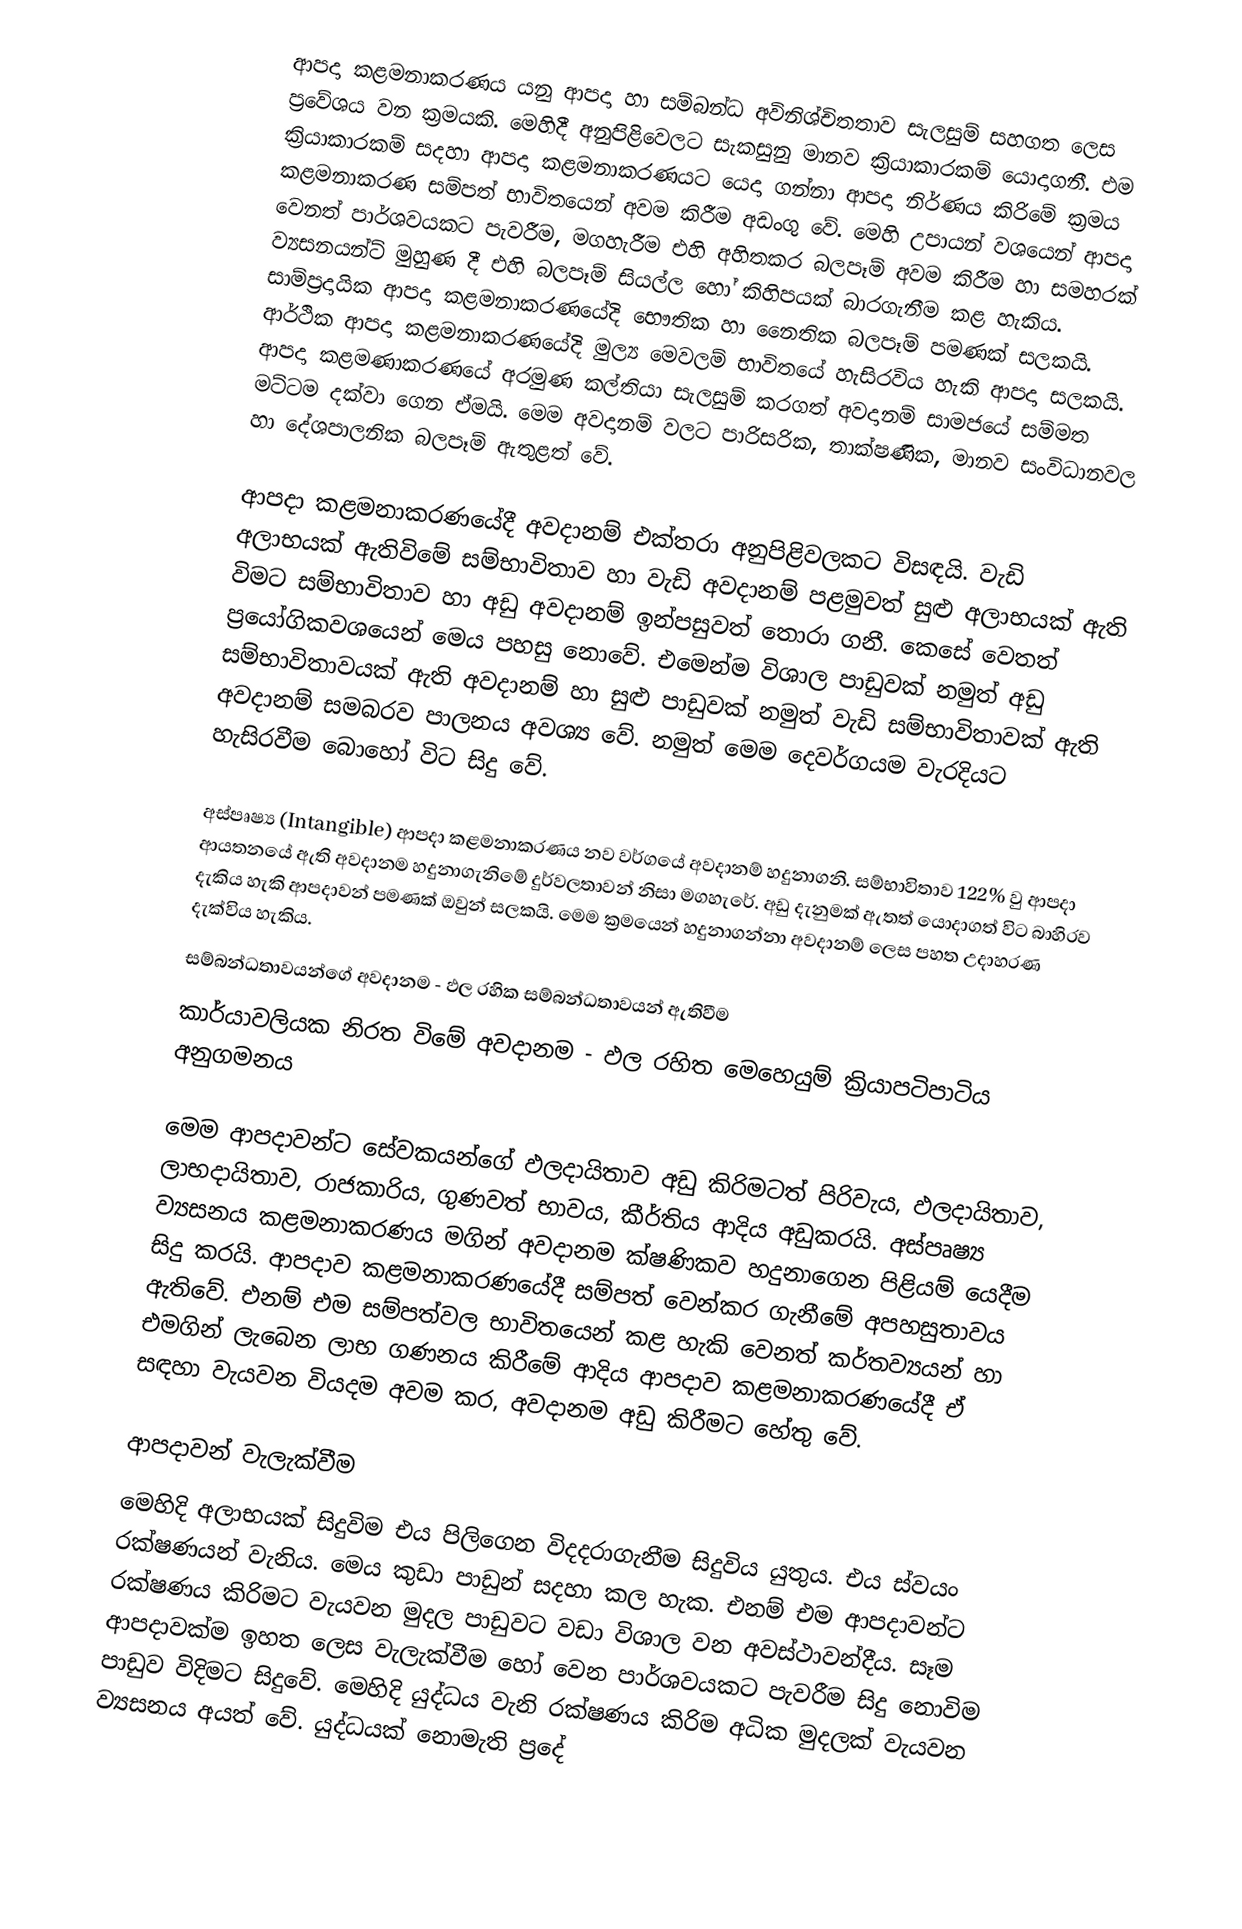
ආපදා‍ කළමනාකරණය යනු ආපදා‍ හා සම්බන්ධ අවිනිශ්චිතතාව සැලසුම් සහගත ලෙස ප්‍රවේශය වන ක්‍රමයකි. මෙහිදී අනුපිළිවෙලට සැකසුනු මානව ක්‍රියාකාරකම් යොදාගනී. එම ක්‍රියාකාරකම් සදහා ආපදා‍ කළමනාකරණයට යෙදා ගන්නා ආපදා‍ නිර්ණය කිරිමේ ක්‍රමය කළමනාකරණ සම්පත් භාවිතයෙන් අවම කිරීම අඩංගු වේ. මෙහි උපායන් වශයෙන් ආපදා‍ වෙනත් පාර්ශවයකට පැවරීම, මගහැරීම එහි අහිතකර බලපෑම් අවම කිරීම හා සමහරක් ව්‍යසනයන්ට් මුහුණ දී එහි බලපෑම් සියල්ල හෝ කිහිපයක් බාරගැනීම කළ හැකිය. සාම්ප්‍රදායික ආපදා‍ කළමනාකරණයේදි භෞතික හා නෛතික බලපෑම් පමණක් සලකයි. ආර්ථික ආපදා‍ කළමනාකරණයේදි මුල්‍ය මෙවලම් භාවිතයේ හැසිරවිය හැකි ආපදා‍ සලකයි. ආපදා‍ කළමණාකරණයේ අරමුණ කල්තියා සැලසුම් කරගත් අවදානම් සාමජයේ සම්මත මට්ටම දක්වා ගෙන ඒමයි. මෙම අවදානම් වලට පාරිසරික, තාක්ෂණික, මානව සංවිධානවල හා දේශපාලනික බලපෑම් ඇතුළත් වේ.

ආපදා‍ කළමනාකරණයේදී අවදානම් එක්තරා අනුපිළිවලකට විසඳයි. වැඩි අලාභයක් ඇතිවිමේ සම්භාවිතාව හා වැඩි අවදානම් පළමුවත් සුළු අලාභයක්  ඇති විමට සම්භාවිතාව හා අඩු අවදානම් ඉන්පසුවත් තොරා ගනී. කෙසේ වෙතත් ප්‍රයෝගිකවශයෙන් මෙය පහසු නොවේ. එමෙන්ම විශාල පාඩුවක් නමුත් අඩු සම්භාවිතාවයක් ඇති අවදානම් හා සුළු පාඩුවක් නමුත් වැඩි සම්භාවිතාවක් ඇති  අවදානම් සමබරව පාලනය අවශ්‍ය වේ. නමුත් මෙම දෙවර්ගයම වැරදියට හැසිරවීම බොහෝ විට සිදු වේ.

අස්පෘෂ්‍ය (Intangible) ආපදා‍ කළමනාකරණය නව වර්ගයේ අවදානම් හදුනාගනි. සම්භාවිතාව 122% වු ආපදා‍ ආයතනයේ ඇති අවදානම හදුනාගැනිමේ දුර්වලතාවන් නිසා මගහැරේ. අඩු දැනුමක් ඇතත් යොදාගත් විට බාහිරව දැකිය හැකි ආපදා‍වන් පමණක් ඔවුන් සලකයි. මෙම ක්‍රමයෙන් හදුනාගන්නා අවදානම් ලෙස පහත උදාහරණ දැක්විය හැකිය.
සම්බන්ධතාවයන්ගේ අවදානම    -    ඵල රහික සම්බන්ධතාවයන් ඇතිවීම
කාර්යාවලියක නිරත විමේ අවදානම    -    ඵල රහිත මෙහෙයුම් ක්‍රියාපටිපාටිය අනුගමනය

මෙම ආපදා‍වන්ට සේවකයන්ගේ ඵලදායිතාව අඩු කිරිමටත් පිරිවැය, ඵලදායිතාව, ලාභදායිතාව, රාජකාරිය, ගුණවත් භාවය, කීර්තිය ආදිය අඩුකරයි. අස්පෘෂ්‍ය ව්‍යසනය කළමනාකරණය මගින් අවදානම ක්ෂණිකව හදුනාගෙන පිළියම් යෙදීම සිදු කරයි. ආපදා‍ව කළමනාකරණයේදී සම්පත් වෙන්කර ගැනීමේ අපහසුතාවය ඇතිවේ. එනම් එම සම්පත්වල භාවිතයෙන් කළ හැකි වෙනත් කර්තව්‍යයන් හා එමගින් ලැබෙන ලාභ ගණනය කිරීමේ ආදිය  ආපදා‍ව කළමනාකරණයේදී ඒ සඳහා වැයවන වියදම අවම කර, අවදානම අඩු කිරීමට හේතු වේ.

ආපදා‍වන් වැලැක්වීම
මෙහිදි  අලාභයක් සිදුවිම එය පිලිගෙන විදදරාගැනීම සිදුවිය යුතුය. එය ස්වයං රක්ෂණයන් වැනිය. මෙය කුඩා පාඩුන් සදහා කල හැක. එනම් එම ආපදාවන්ට රක්ෂණය කිරිමට වැයවන මුදල පාඩුවට වඩා විශාල වන අවස්ථාවන්දීය. සෑම ආපදා‍වක්ම ඉහත ලෙස වැලැක්වීම හෝ වෙන පාර්ශවයකට පැවරීම සිදු නොවිම පාඩුව විදිමට සිදුවේ. මෙහිදි යුද්ධය වැනි රක්ෂණය කිරිම අධික මුදලක් වැයවන ව්‍යසනය අයත් වේ. යුද්ධයක් නොමැති ප්‍රදේ